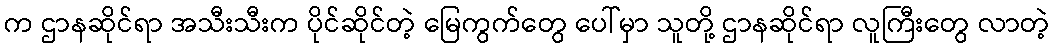
က ဌာနဆိုင်ရာ အသီးသီးက ပိုင်ဆိုင်တဲ့ မြေကွက်တွေ ပေါ်မှာ သူတို့ ဌာနဆိုင်ရာ လူကြီးတွေ လာတဲ့